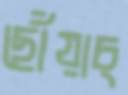
ছোঁয়াচ্